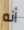
أنه